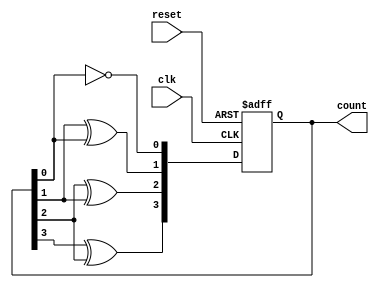
module async_ripple_counter (
    input wire clk,         // Clock input
    input wire reset,       // Asynchronous reset
    output reg [3:0] count  // 4-bit output for the counter
);

// T flip-flops process
always @(posedge clk or posedge reset) begin
    if (reset) begin
        count <= 4'b0000;  // Reset the counter to 0
    end else begin
        count[0] <= ~count[0];  // Toggle FF0 on every clock pulse
        count[1] <= count[1] ^ count[0];  // Toggle FF1 on change of FF0
        count[2] <= count[2] ^ count[1];  // Toggle FF2 on change of FF1
        count[3] <= count[3] ^ count[2];  // Toggle FF3 on change of FF2
    end
end

endmodule